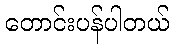
တောင်းပန်ပါတယ်